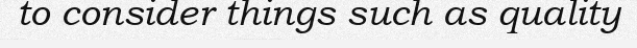
to consider things such as quality